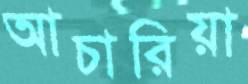
আচারিয়া